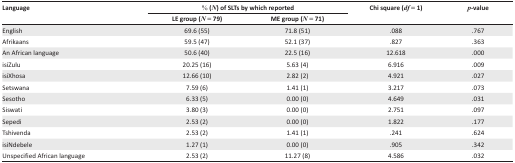
<table><thead><tr><td rowspan="2"><b>Language</b></td><td colspan="2"><b>% (<i>N</i>) of SLTs by which reported</b></td><td rowspan="2"><b>Chi square (<i>df</i> = 1)</b></td><td rowspan="2"><b><i>p</i>-value</b></td></tr><tr><td><b>LE group (<i>N</i> = 79)</b></td><td><b>ME group (<i>N</i> = 71)</b></td></tr></thead><tbody><tr><td>English</td><td>69.6 (55)</td><td>71.8 (51)</td><td>.088</td><td>.767</td></tr><tr><td>Afrikaans</td><td>59.5 (47)</td><td>52.1 (37)</td><td>.827</td><td>.363</td></tr><tr><td>An African language</td><td>50.6 (40)</td><td>22.5 (16)</td><td>12.618</td><td>.000</td></tr><tr><td>isiZulu</td><td>20.25 (16)</td><td>5.63 (4)</td><td>6.916</td><td>.009</td></tr><tr><td>isiXhosa</td><td>12.66 (10)</td><td>2.82 (2)</td><td>4.921</td><td>.027</td></tr><tr><td>Setswana</td><td>7.59 (6)</td><td>1.41 (1)</td><td>3.217</td><td>.073</td></tr><tr><td>Sesotho</td><td>6.33 (5)</td><td>0.00 (0)</td><td>4.649</td><td>.031</td></tr><tr><td>Siswati</td><td>3.80 (3)</td><td>0.00 (0)</td><td>2.751</td><td>.097</td></tr><tr><td>Sepedi</td><td>2.53 (2)</td><td>0.00 (0)</td><td>1.822</td><td>.177</td></tr><tr><td>Tshivenda</td><td>2.53 (2)</td><td>1.41 (1)</td><td>.241</td><td>.624</td></tr><tr><td>isiNdebele</td><td>1.27 (1)</td><td>0.00 (0)</td><td>.905</td><td>.342</td></tr><tr><td>Unspecified African language</td><td>2.53 (2)</td><td>11.27 (8)</td><td>4.586</td><td>.032</td></tr></tbody></table>